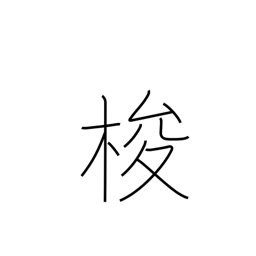
Meaning: shuttle